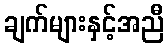
ချက်များနှင့်အညီ